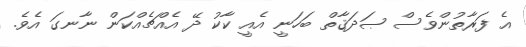
އެ ފަރާތުންވެސް ޞަދަޤާތް ބަހަނީ އެއީ ކާކު ދޭ އެއްޗެއްކަން ނާނގަ އެވެ.